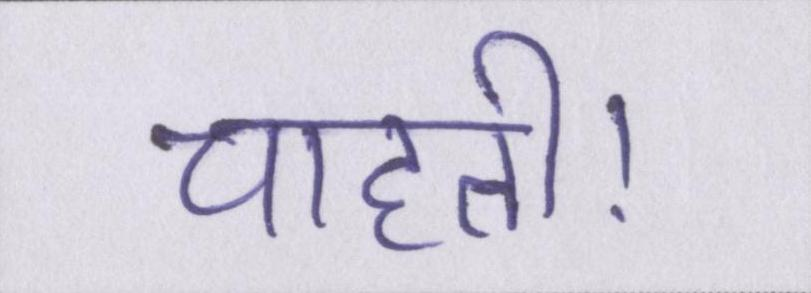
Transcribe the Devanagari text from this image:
चाहती।